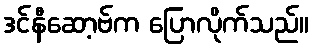
ဒင်နီဆော့ဗ်က ပြောလိုက်သည်။